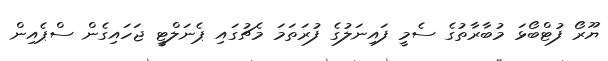
ޔޫރޯ ފުޓްބޯޅަ މުބާރާތުގެ ސެމީ ފައިނަލުގެ ފުރަތަމަ މެޗުގައި ޕެނަލްޓީ ޖަހައިގެން ސްޕެއިން